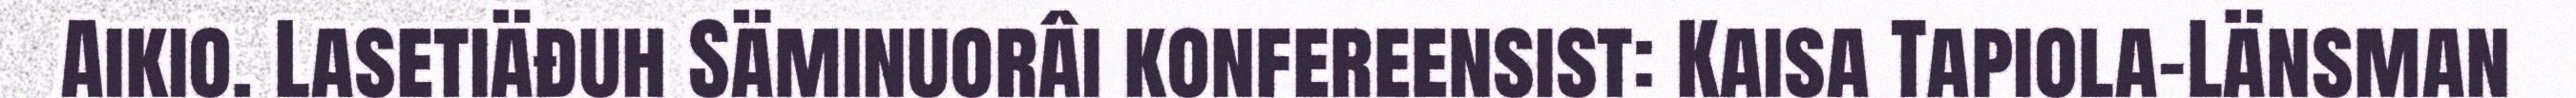
Aikio. Lasetiäđuh Säminuorâi konfereensist: Kaisa Tapiola-Länsman